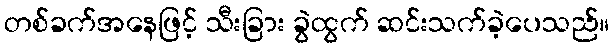
တစ်ခက်အနေဖြင့် သီးခြား ခွဲထွက် ဆင်းသက်ခဲ့ပေသည်။